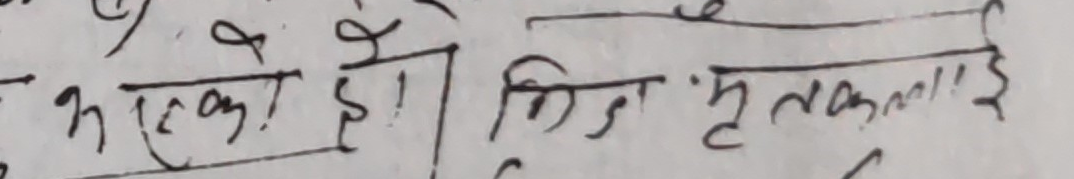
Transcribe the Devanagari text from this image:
भएकै हो। किंजृ तकलाई